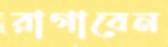
রাগাবেন